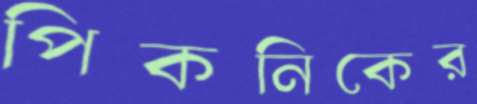
পিকনিকের